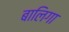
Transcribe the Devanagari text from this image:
बालिगा